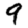
Digit: 9